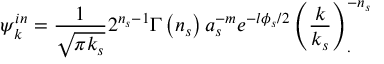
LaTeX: \psi _ { k } ^ { i n } = \frac { 1 } { \sqrt { \pi k _ { s } } } 2 ^ { n _ { s } - 1 } \Gamma \left( n _ { s } \right) a _ { s } ^ { - m } e ^ { - l \phi _ { s } / 2 } \left( \frac k { k _ { s } } \right) _ { . } ^ { - n _ { s } }